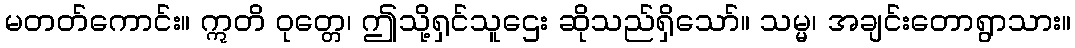
မတတ်ကောင်း။ ဣတိ ဝုတ္တေ၊ ဤသို့ရှင်သူဌေး ဆိုသည်ရှိသော်။ သမ္မ၊ အချင်းတောရွာသား။